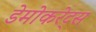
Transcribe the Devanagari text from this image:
डेमोकरेट्स